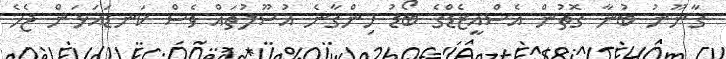
ގާނޫނު ބުނާ ގޮތުން އެސްއީޒެޑްގެ ބޯޑު ހިންގާނެ އުސޫލުތައް ވެސް ކަނޑައަޅަން ޖެހެ